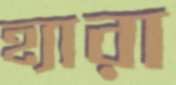
হ্যারা